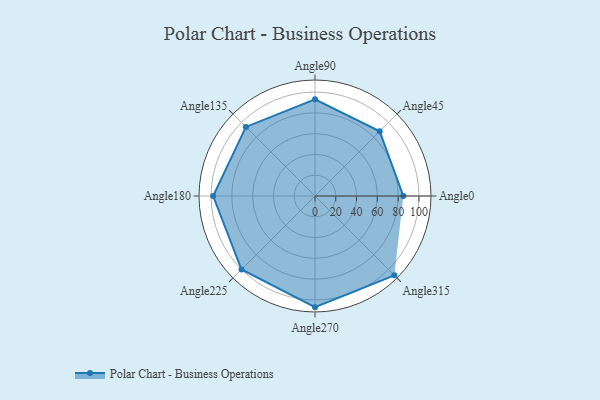
{"axis": {"x": "Angle", "y": "Radius"}, "legend": [""], "data": [{"x": "Angle0", "y": 85.0, "type": ""}, {"x": "Angle45", "y": 88.0, "type": ""}, {"x": "Angle90", "y": 93.0, "type": ""}, {"x": "Angle135", "y": 94.0, "type": ""}, {"x": "Angle180", "y": 98.0, "type": ""}, {"x": "Angle225", "y": 100.0, "type": ""}, {"x": "Angle270", "y": 107.0, "type": ""}, {"x": "Angle315", "y": 108.0, "type": ""}]}